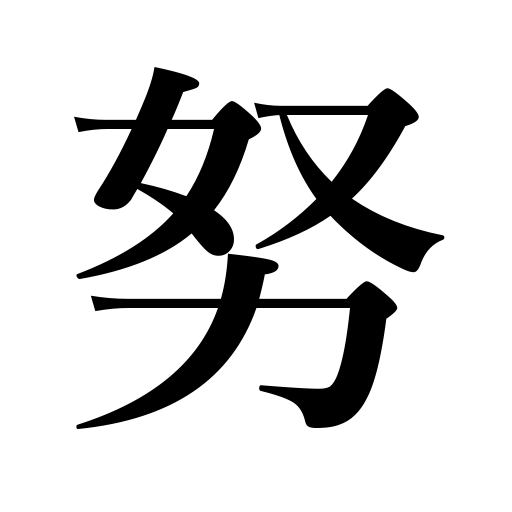
Meanings: serve under,play the part of,serve,be diligent,exert oneself,endeavor,fill a post,work